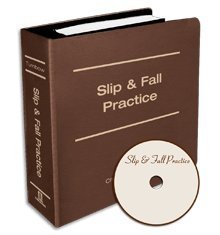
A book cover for Slip and Fall Practice; Charles E. Turnbow; Law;